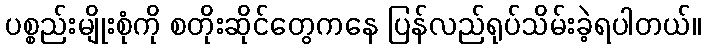
ပစ္စည်းမျိုးစုံကို စတိုးဆိုင်တွေကနေ ပြန်လည်ရုပ်သိမ်းခဲ့ရပါတယ်။